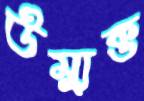
উম্মুক্ত